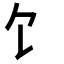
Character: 饣